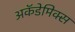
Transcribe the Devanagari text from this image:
अकॅडेमिक्स